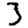
Digit: 3